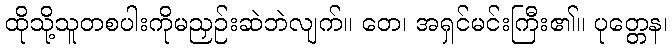
ထိုသို့သူတစပါးကိုမညှဉ်းဆဲဘဲလျက်။ တေ၊ အရှင်မင်းကြီး၏။ ပုတ္တေန၊